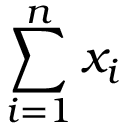
\sum _ { i = 1 } ^ { n } x _ { i }